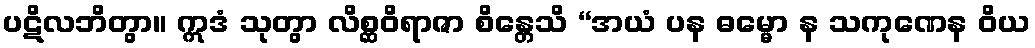
ပဋိလဘိတွာ။ ဣဒံ သုတွာ လိစ္ဆဝိရာဇာ စိန္တေသိ “အယံ ပန ဓမ္မော န သကုဏေန ဝိယ